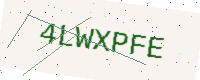
Text: 4LWXPFE